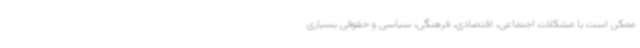
ممکن است با مشکلات اجتماعی، اقتصادی، فرهنگی، سیاسی و حقوقی بسیاری